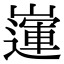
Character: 𡽅